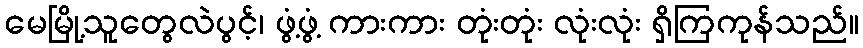
မေမြို့သူတွေလဲပွင့်၊ ဖွံ့ဖွံ့ ကားကား တုံးတုံး လုံးလုံး ရှိကြကုန်သည်။